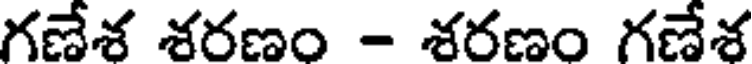
గణేశ శరణం - శరణం గణేశ